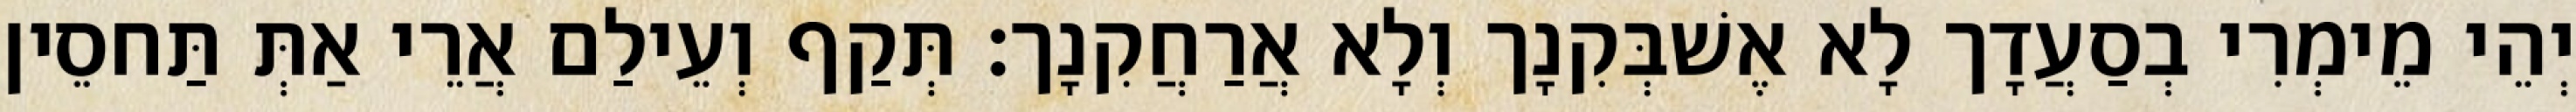
יְהֵי מֵימְרִי בְסַעֲדָך לָא אֶשׁבְּקִנָך וְלָא אֲרַחֲקִנָך׃ תְּקַף וְעֵילַם אֲרֵי אַתְּ תַּחסֵין